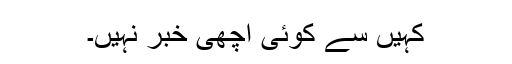
کہیں سے کوئی اچھی خبر نہیں۔